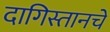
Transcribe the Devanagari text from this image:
दागिस्तानचे